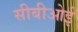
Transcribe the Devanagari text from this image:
सीबीओई